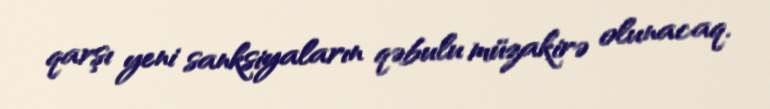
qarşı yeni sanksiyaların qəbulu müzakirə olunacaq.